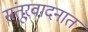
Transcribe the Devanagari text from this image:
संतूरवादनात